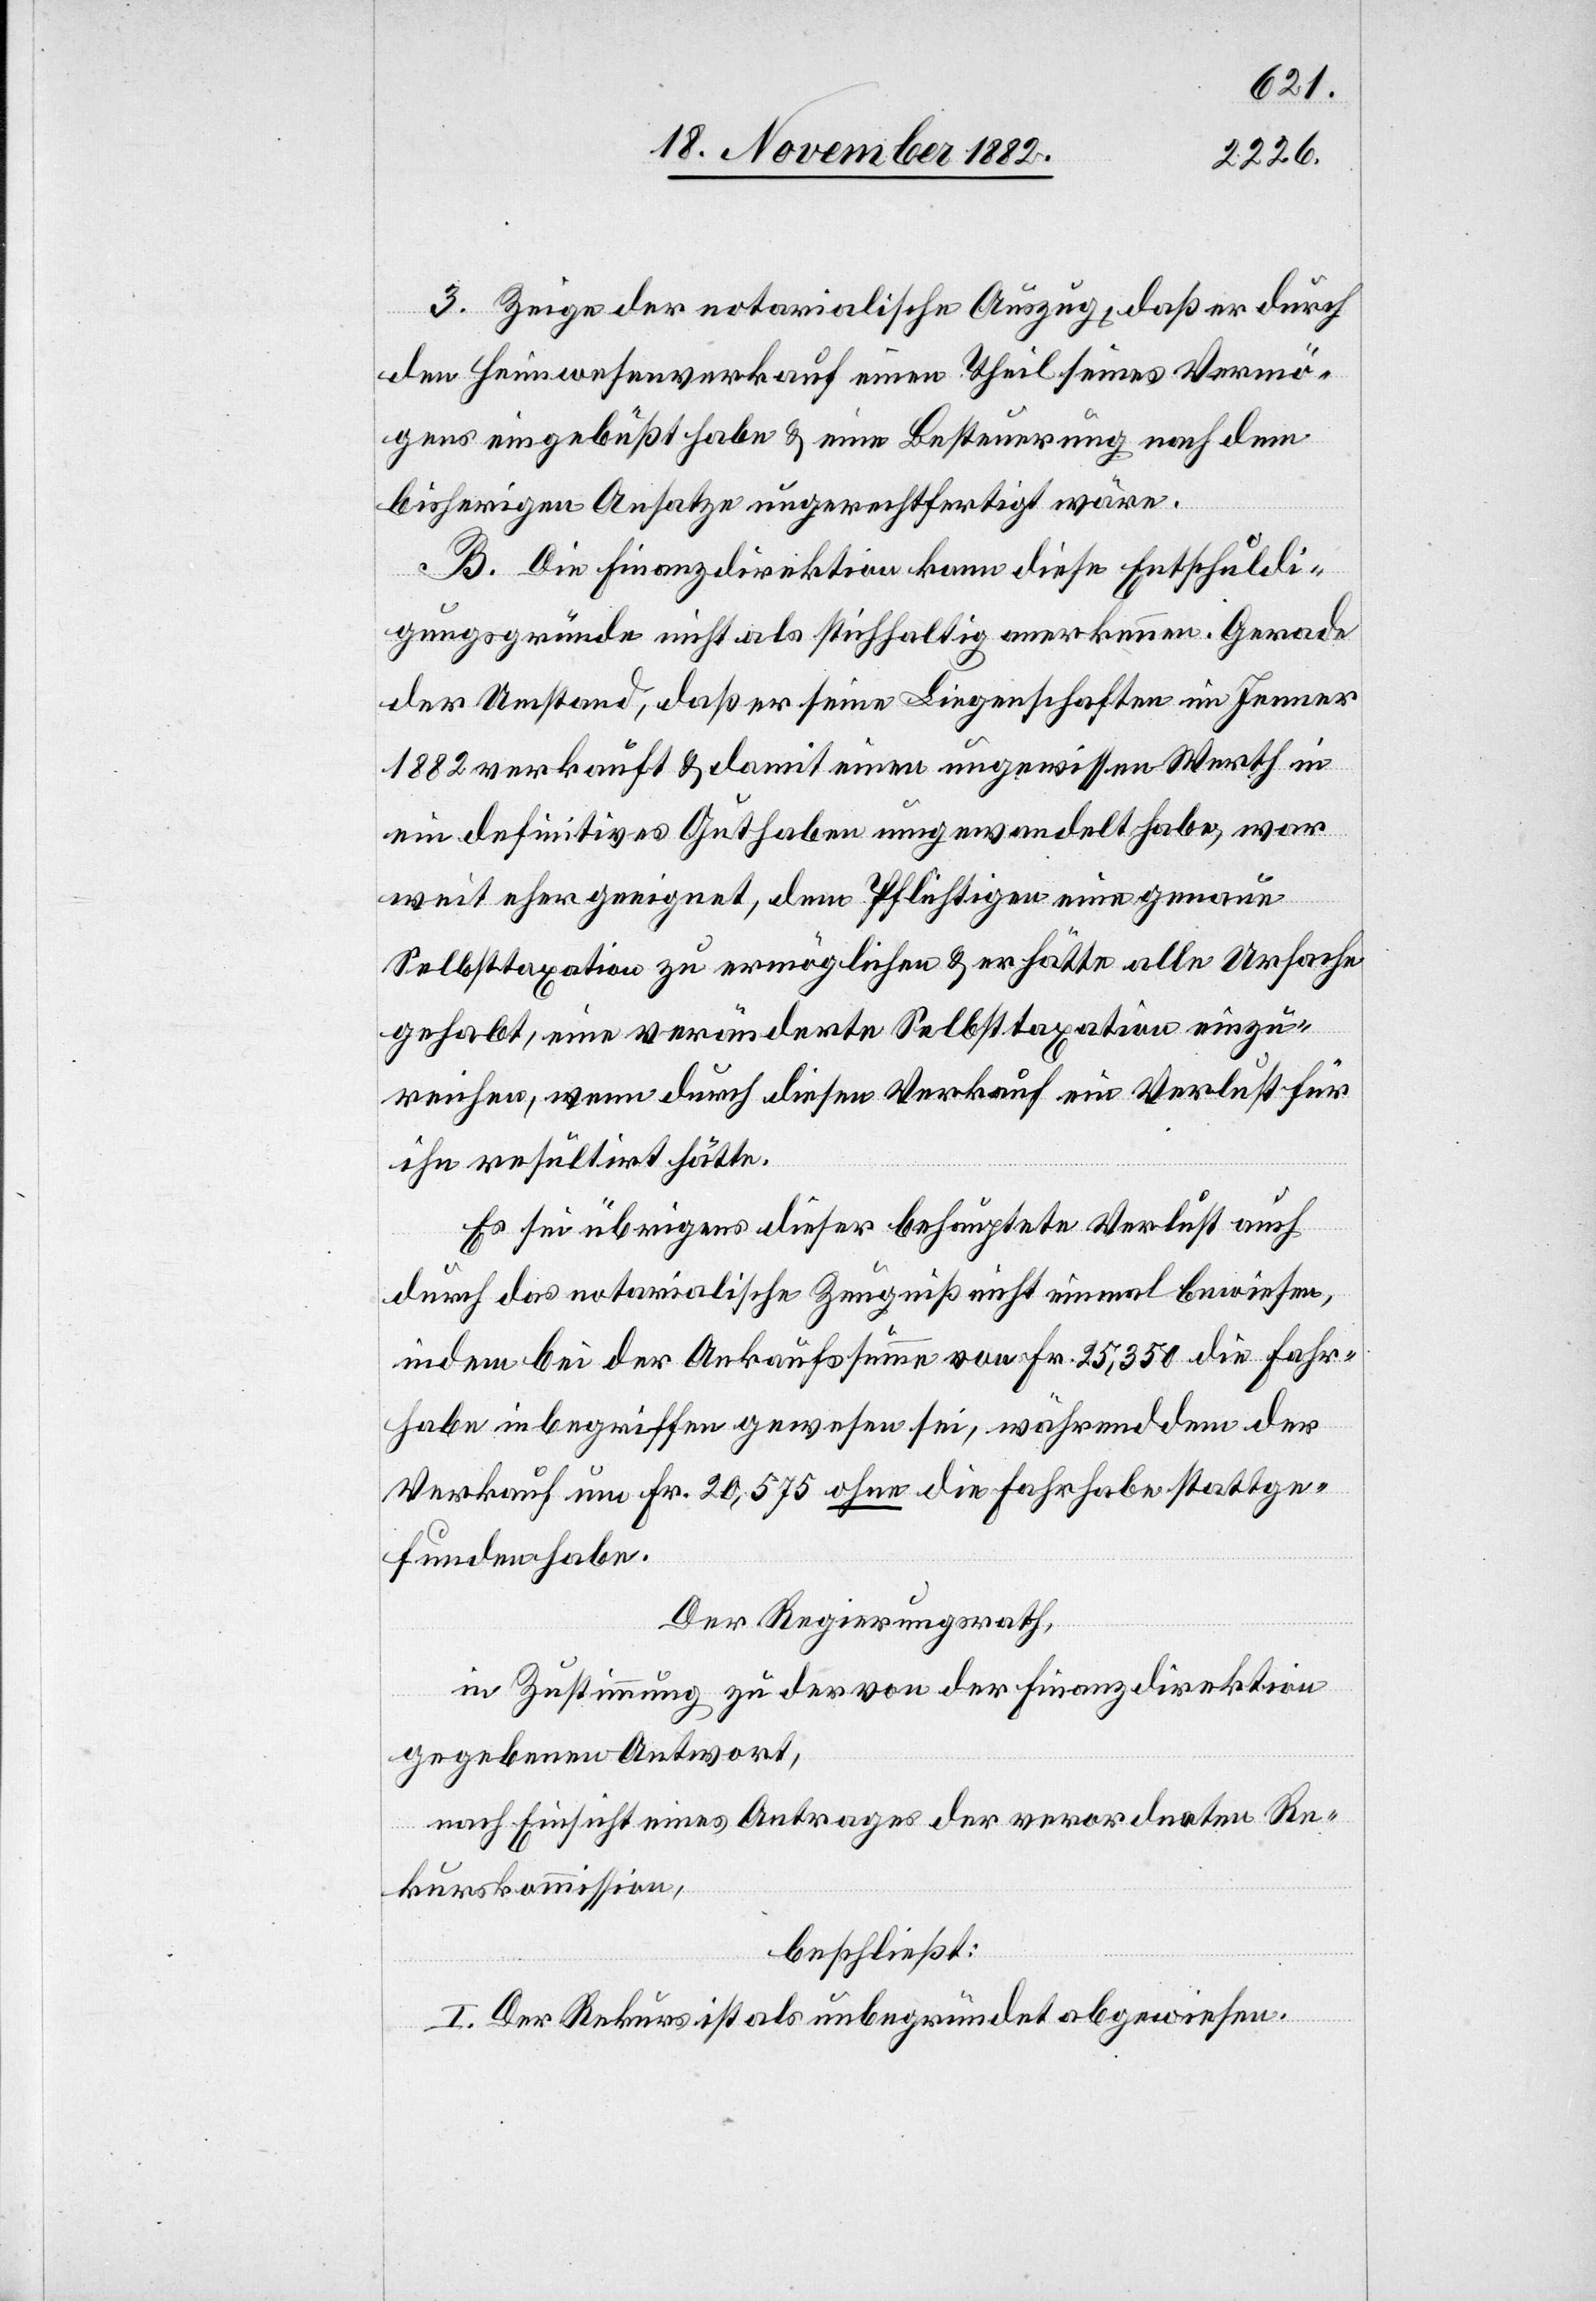
3. Zeige der notarialische Auszug, daß er durch
den Heimwesenverkauf einen Theil seines Vermö¬
gens eingebüßt habe & eine Besteuerung nach dem
bisherigen Ansatze ungerechtfertigt wäre.
B. Die Finanzdirektion kann diese Entschuldi¬
gungsgründe nicht als stichhaltig anerkennen. Gerade
der Umstand, daß er seine Liegenschaften im Jenner
1882 verkauft & damit einen ungewissen Werth in
ein definitives Guthaben umgewandelt habe, war
weit eher geeignet, dem Pflichtigen eine genaue
Selbsttaxation zu ermöglichen & er hätte alle Ursache
gehabt, eine veränderte Selbsttaxation einzu¬
reichen, wenn durch diesen Verkauf ein Verlust für
ihn resultirt hätte.
Es sei übrigens dieser behauptete Verlust auch
durch das notarialische Zeugnis nicht einmal bewiesen,
indem bei der Ankaufssumme von Fr. 25,350 die Fahr¬
habe inbegriffen gewesen sei, währenddem der
Verkauf um Fr. 20,575 ohne die Fahrhabe stattge¬
funden habe.
Der Regierungsrath,
in Zustimmung zu der von der Finanzdirektion
gegebenen Antwort,
nach Einsicht eines Antrages der verordneten Re¬
kurskommission,
beschließt:
I. Der Rekus ist als unbegründet abgewiesen.